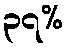
၃၇%